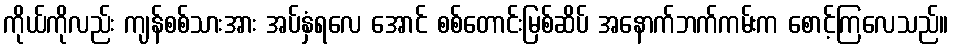
ကိုယ်ကိုလည်း ကျန်စစ်သားအား အပ်နှံရလေ အောင် စစ်တောင်းမြစ်ဆိပ် အနောက်ဘက်ကမ်းက စောင့်ကြလေသည်။